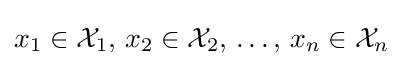
x_{1}\in {\mathcal {X}}_{1},\,x_{2}\in {\mathcal {X}}_{2},\,\ldots ,\,x_{n}\in {\mathcal {X}}_{n}